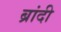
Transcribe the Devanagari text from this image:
ब्रांदी